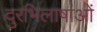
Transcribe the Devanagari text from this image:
दुरभिलाषाओं